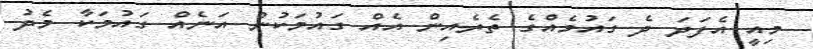
މިއީ އެފަދަ ދެ ގައުމެއްގެ ތެރެއިން އެއް ގައުމަކުން އަނެއް ގައުމަކާ މެދު